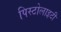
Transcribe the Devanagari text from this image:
पिस्टोलाइटी